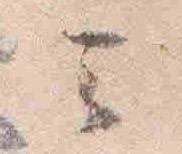
云